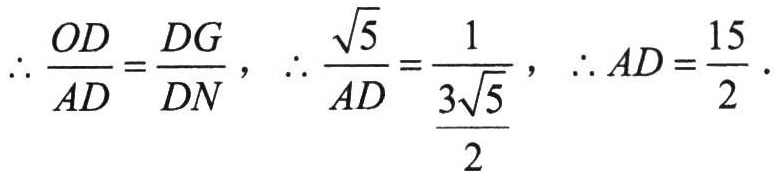
\(\therefore \frac{OD}{AD}=\frac{DG}{DN}\)，\(\therefore \frac{\sqrt{5}}{AD}=\frac{1}{\frac{3\sqrt{5}}{2}}\)，\(\therefore AD = \frac{15}{2}\).